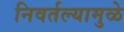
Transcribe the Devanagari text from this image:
निवर्तल्यामुळे